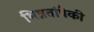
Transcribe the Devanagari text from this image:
भिन्नतांपैकी